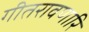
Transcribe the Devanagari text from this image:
गीतरावणारि